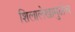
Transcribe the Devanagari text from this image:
शिलालेखामुळेच